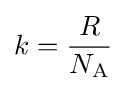
k={\frac {R}{N_{\text{A}}}}